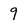
Character: 9